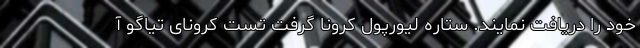
خود را دریافت نمایند. ستاره لیورپول کرونا گرفت تست کرونای تیاگو آ